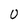
Character: U